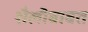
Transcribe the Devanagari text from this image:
शैलीबाबत